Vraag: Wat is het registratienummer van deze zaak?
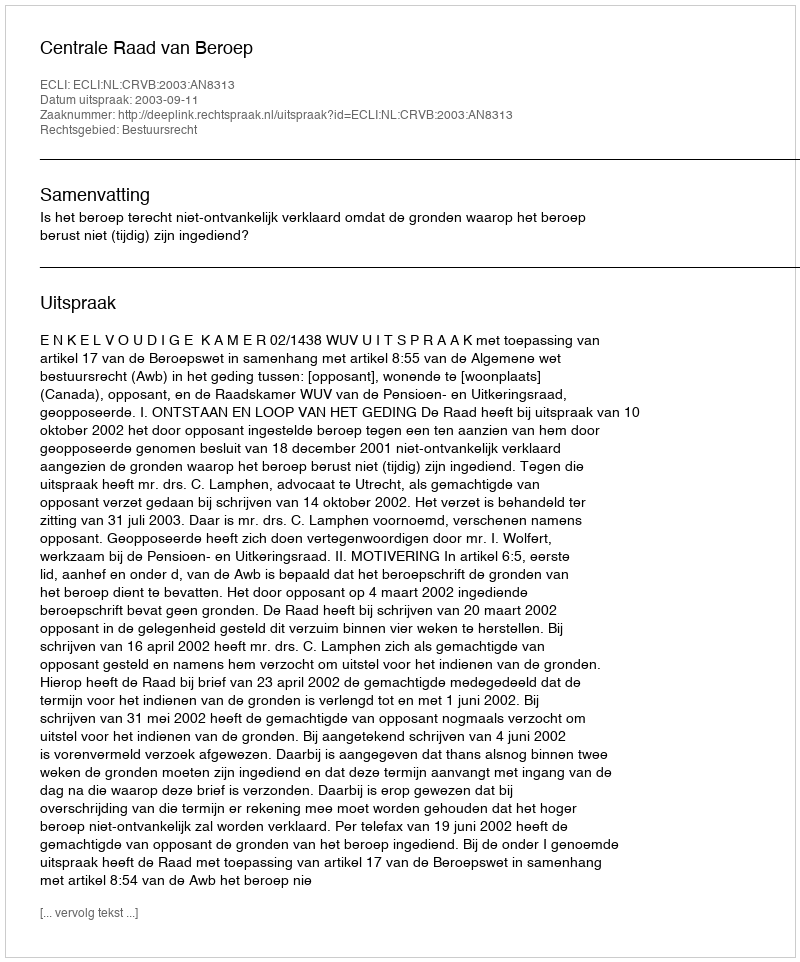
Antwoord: http://deeplink.rechtspraak.nl/uitspraak?id=ECLI:NL:CRVB:2003:AN8313